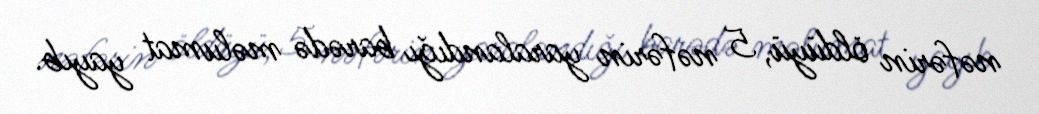
nəfərin öldüyü, 5 nəfərin yaralandığı barədə məlumat yayıb.